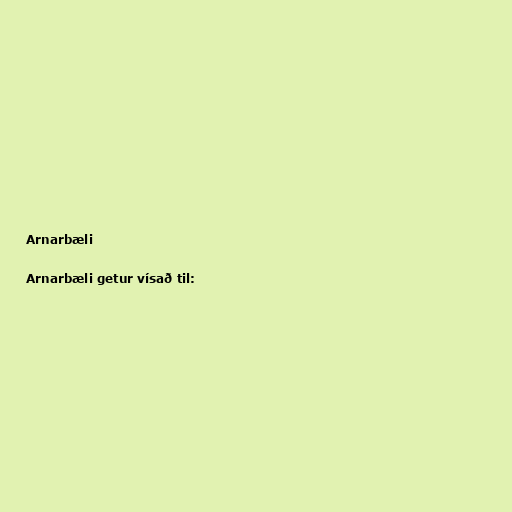
Arnarbæli

Arnarbæli getur vísað til: